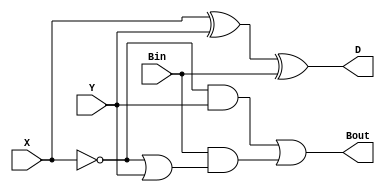

//////////////////////////////////////////////////////////////////////////////////
// Company: 
// Engineer: 
// 
// Design Name: 
// Module Name:    FS_behavioral 
// Project Name: 
// Target Devices: 
// Tool versions: 
// Description: 
//
// Dependencies: 
//
// Revision: 
// Revision 0.01 - File Created
// Additional Comments: 
//
//////////////////////////////////////////////////////////////////////////////////
`timescale 1ns / 1ps
module FS_behavioral(
    input X,
    input Y,
    input Bin,
    output reg D,
    output reg Bout
    );
//reg D,Bout;
reg F1,F2;
always@(X,Y,Bin)
begin
D= #1(X^Y)^Bin;
F1=~X&Y;
F2=~X|Y;
Bout= #1 F1|(Bin&F2);
end
endmodule